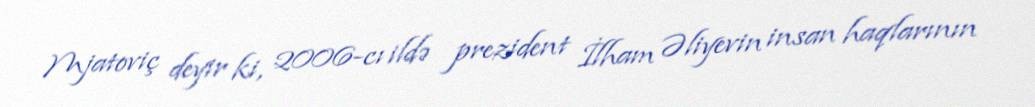
Mjatoviç deyir ki, 2006-cı ildə prezident İlham Əliyevin insan haqlarının